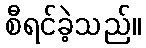
စီရင်ခဲ့သည်။